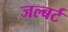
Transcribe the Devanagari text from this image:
जल्बर्ट